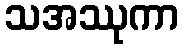
သအဿုကာ